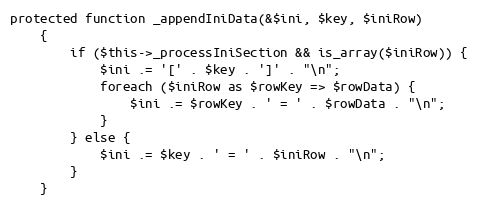
Language: PHP
protected function _appendIniData(&$ini, $key, $iniRow)
    {
        if ($this->_processIniSection && is_array($iniRow)) {
            $ini .= '[' . $key . ']' . "\n";
            foreach ($iniRow as $rowKey => $rowData) {
                $ini .= $rowKey . ' = ' . $rowData . "\n";
            }
        } else {
            $ini .= $key . ' = ' . $iniRow . "\n";
        }
    }